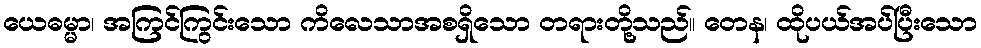
ယေဓမ္မာ၊ အကြင်ကြွင်းသော ကိလေသာအစရှိသော တရားတို့သည်။ တေန၊ ထိုပယ်အပ်ပြီးသော